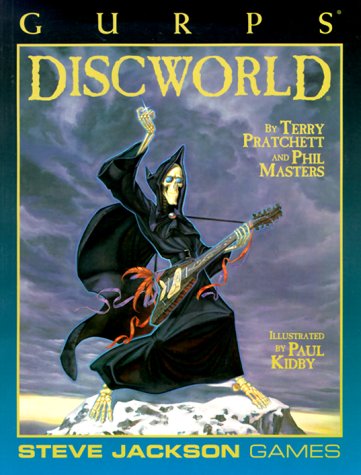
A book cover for Gurps Discworld: Adventures of the Back of the Turtle (GURPS: Generic Universal Role Playing System); Science Fiction & Fantasy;